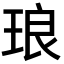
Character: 琅